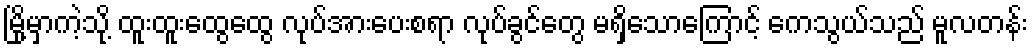
မြို့မှာကဲ့သို့ ထူးထူးထွေထွေ လုပ်အားပေးစရာ လုပ်ခွင်တွေ မရှိသောကြောင့် ကေသွယ်သည် မူလတန်း